Insane asylums in Bengal annual reports 1867-1875 - 1867-1875
Year: 1867
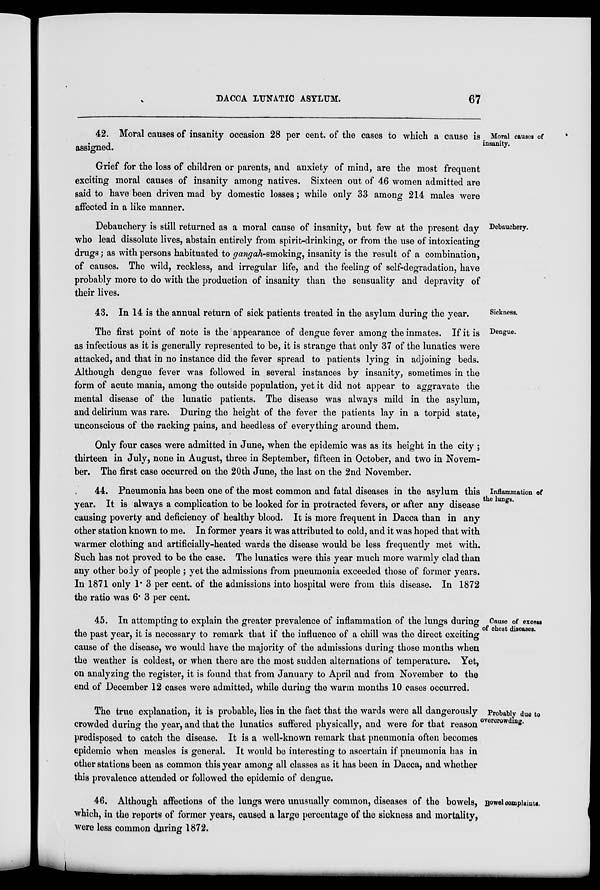
DACCA LUNATIC ASYLUM.
67
Moral causes of
insanity.
42. Moral causes of insanity occasion 28 per cent. of the cases to which a cause is
assigned.
Grief for the loss of children or parents, and anxiety of mind, are the most frequent
exciting moral causes of insanity among natives. Sixteen out of 46 women admitted are
said to have been driven mad by domestic losses; while only 33 among 214 males were
affected in a like manner.
Debauchery.
Debauchery is still returned as a moral cause of insanity, but few at the present day
who lead dissolute lives, abstain entirely from spirit-drinking, or from the use of intoxicating
drugs; as with persons habituated to gangah-smoking, insanity is the result of a combination,
of causes. The wild, reckless, and irregular life, and the feeling of self-degradation, have
probably more to do with the production of insanity than the sensuality and depravity of
their lives.
Sickness.
43. In 14 is the annual return of sick patients treated in the asylum during the year.
Dengue.
The first point of note is the appearance of dengue fever among the inmates. If it is
as infectious as it is generally represented to be, it is strange that only 37 of the lunatics were
attacked, and that in no instance did the fever spread to patients lying in adjoining beds.
Although dengue fever was followed in several instances by insanity, sometimes in the
form of acute mania, among the outside population, yet it did not appear to aggravate the
mental disease of the lunatic patients. The disease was always mild in the asylum,
and delirium was rare. During the height of the fever the patients lay in a torpid state,
unconscious of the racking pains, and heedless of everything around them.
Only four cases were admitted in June, when the epidemic was as its height in the city ;
thirteen in July, none in August, three in September, fifteen in October, and two in Novem-
ber. The first case occurred on the 20th June, the last on the 2nd November.
Inflammation of
the lungs.
44. Pneumonia has been one of the most common and fatal diseases in the asylum this
year. It is always a complication to be looked for in protracted fevers, or after any disease
causing poverty and deficiency of healthy blood. It is more frequent in Dacca than in any
other station known to me. In former years it was attributed to cold, and it was hoped that with
warmer clothing and artificially-heated wards the disease would be less frequently met with.
Such has not proved to be the case. The lunatics were this year much more warmly clad than
any other body of people ; yet the admissions from pneumonia exceeded those of former years.
In 1871 only 1.3 per cent. of the admissions into hospital were from this disease. In 1872
the ratio was 6.3 per cent.
Cause of excess
of chest diseases.
45. In attempting to explain the greater prevalence of inflammation of the lungs during
the past year, it is necessary to remark that if the influence of a chill was the direct exciting
cause of the disease, we would have the majority of the admissions during those months when
the weather is coldest, or when there are the most sudden alternations of temperature. Yet,
on analyzing the register, it is found that from January to April and from November to the
end of December 12 cases were admitted, while during the warm months 10 cases occurred.
Probably due to
overcrowding.
The true explanation, it is probable, lies in the fact that the wards were all dangerously
crowded during the year, and that the lunatics suffered physically, and were for that reason
predisposed to catch the disease. It is a well-known remark that pneumonia often becomes
epidemic when measles is general. It would be interesting to ascertain if pneumonia has in
other stations been as common this year among all classes as it has been in Dacca, and whether
this prevalence attended or followed the epidemic of dengue.
Bowel complaints.
46. Although affections of the lungs were unusually common, diseases of the bowels,
which, in the reports of former years, caused a large percentage of the sickness and mortality,
were less common during 1872.